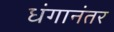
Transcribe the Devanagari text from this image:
धंगानंतर